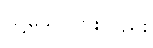
သို့သော်ငြားလည်း